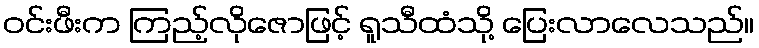
ဝင်းဖီးက ကြည့်လိုဇောဖြင့် ရူသီထံသို့ ပြေးလာလေသည်။